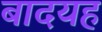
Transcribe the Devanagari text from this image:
बादयह